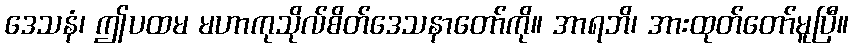
ဒေသနံ၊ ဤပထမ မဟာကုသိုလ်စိတ်ဒေသနာတော်ကို။ အာရဘိ၊ အားထုတ်တော်မူပြီ။